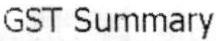
GST SUMMARY